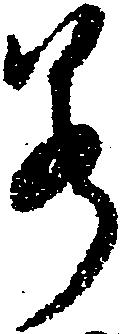
若